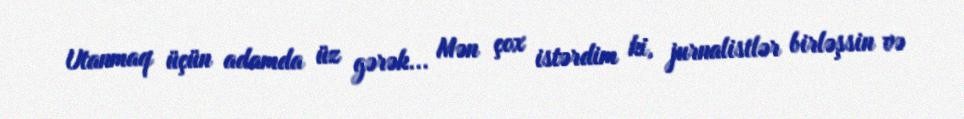
Utanmaq üçün adamda üz gərək... Mən çox istərdim ki, jurnalistlər birləşsin və